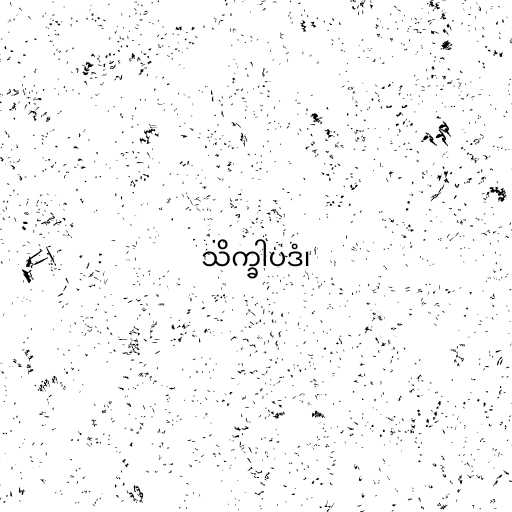
သိက္ခါပဒံ၊